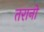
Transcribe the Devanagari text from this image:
तरानो